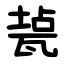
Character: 㼭